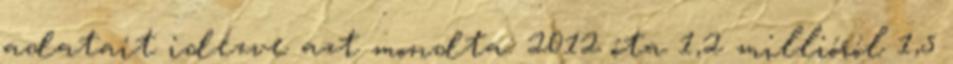
adatait idézve azt mondta: 2012 óta 1,2 millióról 1,5